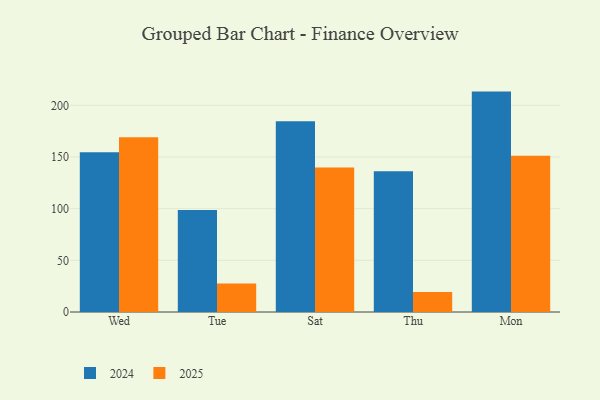
{"axis": {"x": "Day", "y": "Production Output"}, "legend": ["2024", "2025"], "data": [{"x": "Wed", "y": 169.1, "type": "2025"}, {"x": "Wed", "y": 154.6, "type": "2024"}, {"x": "Tue", "y": 27.5, "type": "2025"}, {"x": "Tue", "y": 98.8, "type": "2024"}, {"x": "Sat", "y": 139.8, "type": "2025"}, {"x": "Sat", "y": 184.7, "type": "2024"}, {"x": "Thu", "y": 19.3, "type": "2025"}, {"x": "Thu", "y": 136.3, "type": "2024"}, {"x": "Mon", "y": 151.1, "type": "2025"}, {"x": "Mon", "y": 213.3, "type": "2024"}]}